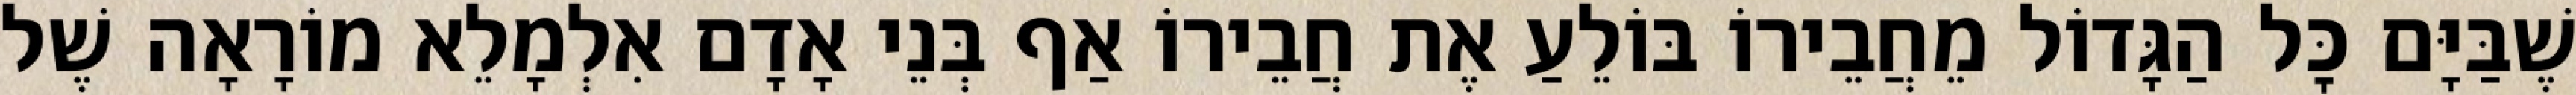
שֶׁבַּיָּם כׇּל הַגָּדוֹל מֵחֲבֵירוֹ בּוֹלֵעַ אֶת חֲבֵירוֹ אַף בְּנֵי אָדָם אִלְמָלֵא מוֹרָאָה שֶׁל